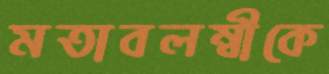
মতাবলম্বীকে